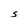
Character: S